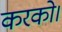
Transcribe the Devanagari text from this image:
करको।